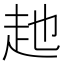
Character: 𧺏